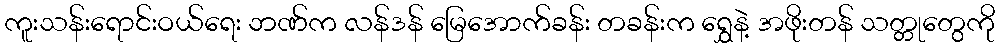
ကူးသန်းရောင်းဝယ်ရေး ဘဏ်က လန်ဒန် မြေအောက်ခန်း တခန်းက ရွှေနဲ့ အဖိုးတန် သတ္တုတွေကို